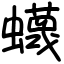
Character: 蠛